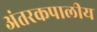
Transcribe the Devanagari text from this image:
अंतरकपालीय